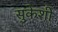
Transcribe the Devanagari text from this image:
सुकेशी